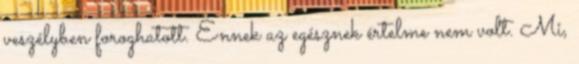
veszélyben foroghatott. Ennek az egésznek értelme nem volt. Mi,